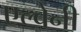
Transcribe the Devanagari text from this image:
एल्बेनी